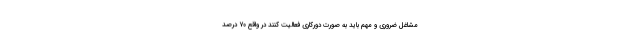
مشاغل ضروری و مهم باید به صورت دورکاری فعالیت کنند در واقع ۷۰ درصد